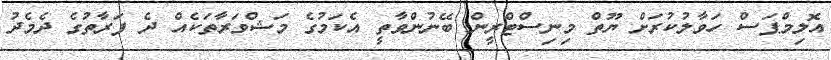
އޮލިމްޕަސް ހަވާލުކުރަށް ޔޫތް މިނިސްޓްރީން ބޭނުންވާތީ އެކަމުގެ މަޝްވަރާތަކެއް ދެ ފަރާތުގެ ދެމެދު